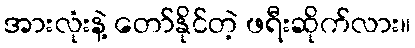
အားလုံးနဲ့ တော်နိုင်တဲ့ ဖရီးဆိုက်လား။